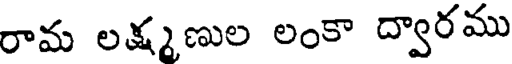
రామ లక్ష్మణుల లంకా ద్వారము